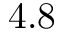
4 . 8